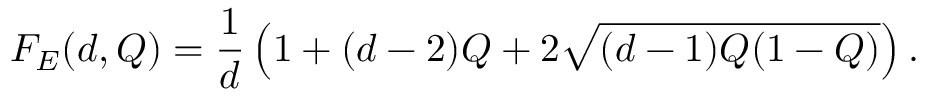
F _ { E } ( d , Q ) = \frac { 1 } { d } \left( 1 + ( d - 2 ) Q + 2 \sqrt { ( d - 1 ) Q ( 1 - Q ) } \right) .